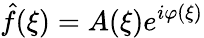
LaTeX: {\hat{f}}(\xi)=A(\xi)e^{i\varphi(\xi)}